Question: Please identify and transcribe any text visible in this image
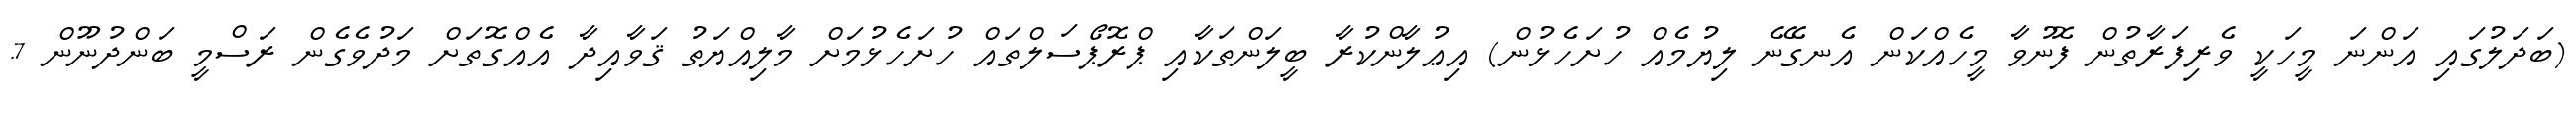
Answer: (ބަދަލުގައި އަންނަ މީހަކީ ވެރިފަރާތުން ފޮނުވާ މީހެއްކަން އެނގޭނެ ލިޔުމެއް ހުށަހެޅުން) އިޢުލާންކުރާ ބީލަންތަކާއި ޕްރޮޕޯސަލްތައް ހުށަހެޅުމަށް މާލިއްޔަތު ޤަވާއިދާ އެއްގޮތަށް މަދުވެގެން ރަސްމީ ބަންދުނޫން 7.